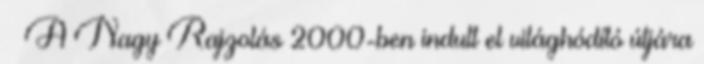
– A Nagy Rajzolás 2000-ben indult el világhódító útjára